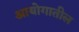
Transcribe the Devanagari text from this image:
आयोगातील